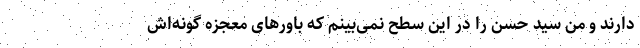
دارند و من سید حسن را در این سطح نمی‌بینم که باورهای معجزه گونه‌اش